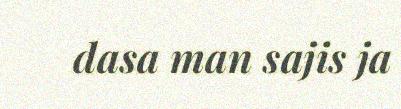
dasa man sajis ja